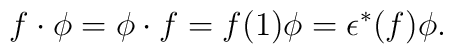
f\cdot \phi = \phi\cdot f=f(1)\phi=\epsilon^{*}(f)\phi.